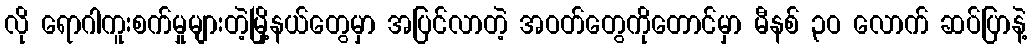
လို ရောဂါကူးစက်မှုများတဲ့မြို့နယ်တွေမှာ အပြင်လာတဲ့ အဝတ်တွေကိုတောင်မှာ မီနစ် ၃ဝ လောက် ဆပ်ပြာနဲ့